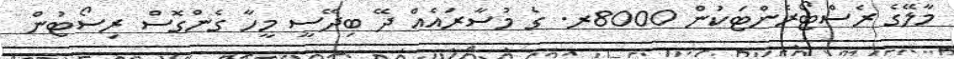
މާލޭގެ ރެސްޓޯރެންޓަކުން 8000ރ. ގެ މުސާރައެއް ދޭ ބިދޭސީ މީހާ ގެންގޮސް ރިސޯޓުން